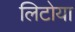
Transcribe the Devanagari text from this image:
लिटोया